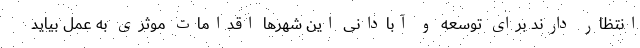
انتظار دارند برای توسعه و آبادانی این شهرها اقدامات موثری به عمل بیاید